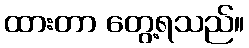
ထားတာ တွေ့ရသည်။